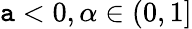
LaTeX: \mathtt{a}<0,\alpha\in(0,1]